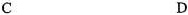
C D